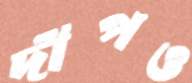
দীপও